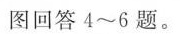
图回答4~6题。